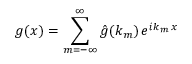
g ( x ) = \sum _ { m = - \infty } ^ { \infty } \hat { g } ( k _ { m } ) \, e ^ { i k _ { m } \, x }